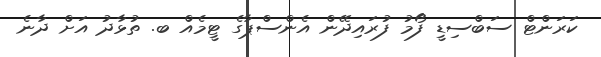
ކަރަންޓް ސަބްސިޑީ ފޯމު ފުރައިދޭން އެންސްޕާގެ ޓީމެއް ބ. ތުޅާދު އަށް ދާނެ